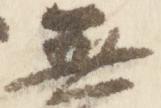
無